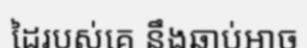
ដៃរបស់គេ នឹងឆាប់អាច